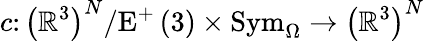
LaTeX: c\colon\left(\mathbb{R}^{3}\right)^{N}/\mathrm{E}^{+}\left(3\right)\times\mathrm{Sym}_{\Omega}\rightarrow\left(\mathbb{R}^{3}\right)^{N}